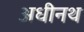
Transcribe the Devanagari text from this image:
अधीनथ